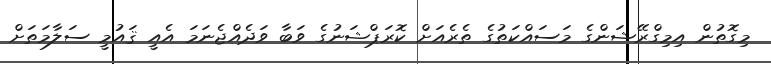
މިގޮތުން އިމިގްރޭޝަންގެ މަސައްކަތުގެ ތެރެއަށް ކޮރަޕްޝަނުގެ ވަބާ ވަދެއްޖެނަމަ އެއީ ޤައުމީ ސަލާމަތަށް